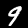
Digit: 9